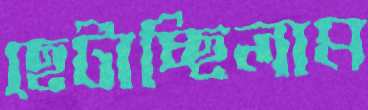
ছেটাচ্ছিলাম